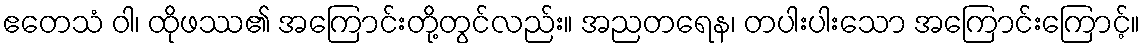
ဧတေသံ ဝါ၊ ထိုဖဿ၏ အကြောင်းတို့တွင်လည်း။ အညတရေန၊ တပါးပါးသော အကြောင်းကြောင့်။